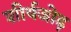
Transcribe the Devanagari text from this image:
शीर्षजोड़